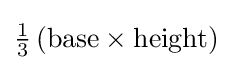
{\textstyle {\frac {1}{3}}\left({\text{base}}\times {\text{height}}\right)}